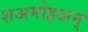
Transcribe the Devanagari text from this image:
शअमोइअन्